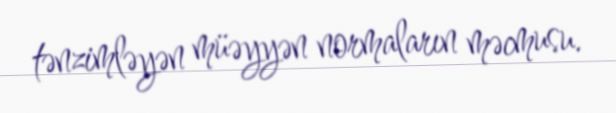
tənzimləyən müəyyən normaların məcmusu.